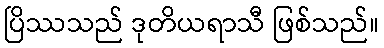
ပြိဿသည် ဒုတိယရာသီ ဖြစ်သည်။